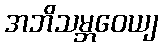
အဘိသမ္ဘဝေယျ